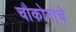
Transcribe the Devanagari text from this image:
चौकोनाचे